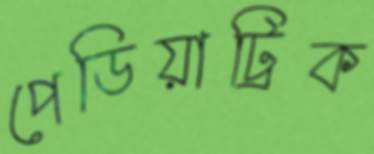
পেডিয়াট্রিক